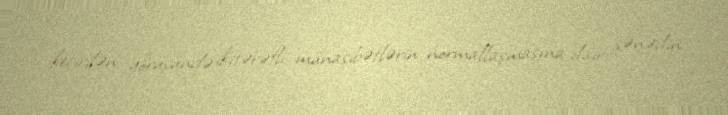
keçirilən görüşündə ikitərəfli münasibətlərin normallaşmasına dair sənədin